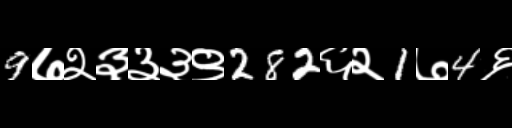
Text: 9७२३३३९282६२1७4६